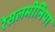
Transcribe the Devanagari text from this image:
रेसलमीनिया